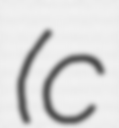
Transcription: (c